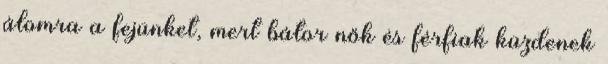
álomra a fejünket, mert bátor nők és férfiak küzdenek